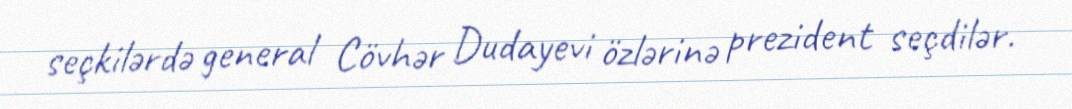
seçkilərdə general Cövhər Dudayevi özlərinə prezident seçdilər.